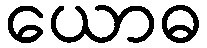
ယောဓ